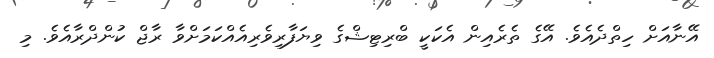
އޭނާއަށް ހިތްދެއެވެ. އޭގެ ތެރެއިން އެކަކީ ބްރިޓިޝްގެ ވިޔަފާރިވެރިއެއްކަމަށްވާ ރާޖް ކުންދްރާއެވެ. މި